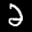
Label: 2